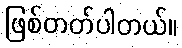
ဖြစ်တတ်ပါတယ်။